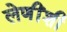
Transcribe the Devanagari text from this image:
लेणींशी